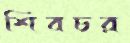
শিবচর